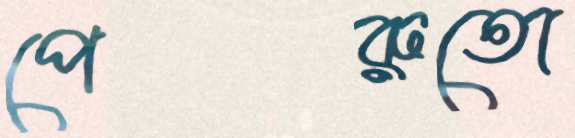
পেরুতো